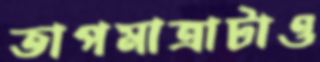
তাপমাত্রাটাও